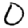
Digit: 0